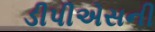
ડીપીએસની